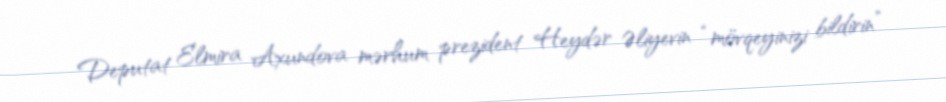
Deputat Elmira Axundova mərhum prezident Heydər Əliyevin “mövqeyinizi bildirin”